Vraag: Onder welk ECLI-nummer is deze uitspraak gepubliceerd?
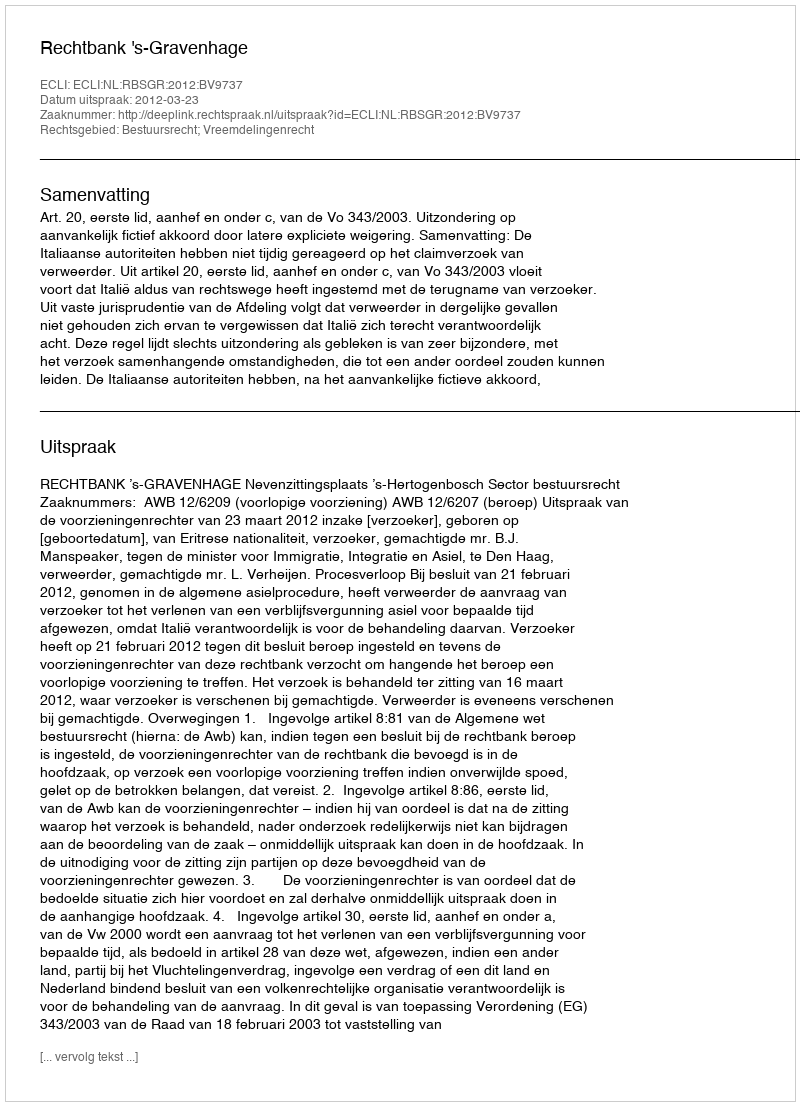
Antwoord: ECLI:NL:RBSGR:2012:BV9737